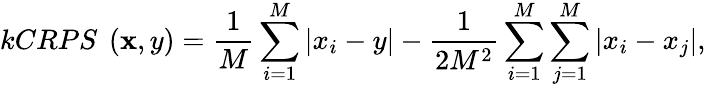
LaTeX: kCRPS~\left(\mathbf{x},y\right)=\frac{1}{M}\sum_{i=1}^{M}|x_{i}-y|-\frac{1}{2M^{2}}\sum_{i=1}^{M}\sum_{j=1}^{M}|x_{i}-x_{j}|,